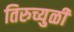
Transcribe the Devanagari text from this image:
तिरुच्युळी